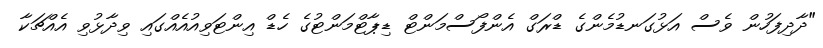
"ދާދިފަހުން ވެސް އަޅުގަނޑުމެންގެ ޑްރަގް އެންފޯސްމަންޓް ޑިޕާޓްމަންޓުގެ ހެޑް އިންޓަވިއުއެއްގައި ވިދާޅުވި އެއްޗަކާ